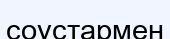
соустармен